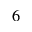
6